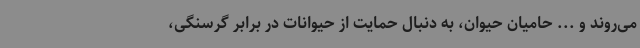
می‌روند و ... حامیان حیوان، به دنبال حمایت از حیوانات در برابر گرسنگی،